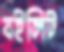
বইলিট